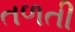
તળતી